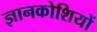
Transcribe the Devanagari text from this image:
ज्ञानकोशियों